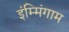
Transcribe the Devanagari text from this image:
इंम्मिंगाम